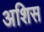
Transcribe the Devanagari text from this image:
अशिस